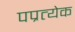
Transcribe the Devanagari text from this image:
पप्रत्येक